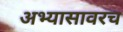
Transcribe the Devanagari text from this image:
अभ्यासावरच